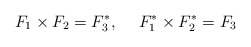
\begin{align*}F_1 \times F_2 = F^{*}_3, \hspace{15pt} F^{*}_1 \times F^{*}_2 =F_3\end{align*}